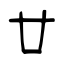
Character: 廿